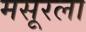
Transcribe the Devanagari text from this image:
मसूरला